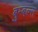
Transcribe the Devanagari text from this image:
बुम्बल्स